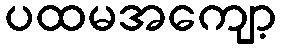
ပထမအကျော့